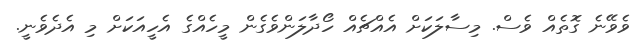
ވެވޭނެ ގޮތެއް ވެސް. މިސާލަކަށް އެއްޗެއް ހޯދާލަންވެގެން މީހެއްގެ އެހީއަކަށް މި އެދެވެނީ.